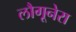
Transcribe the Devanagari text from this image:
लौगूनेरा